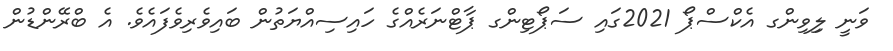
ވަނީ ލިިވިންގ އެކްސްޕޯ 2021ގައި ސަޕޯޓިންގ ޕާޓްނަރެއްގެ ހައިސިއްޔަތުން ބައިވެރިވެފައެވެ. އެ ބްރޭންޑުން